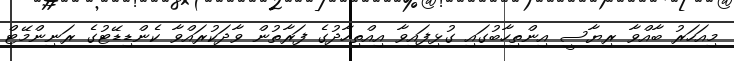
މިއަހަރު ބާއްވާ ރިޔާސީ އިންތިހާބުގައި ގުޅިފައިވާ އިއްތިހާދުގެ ފަރާތުން ވާދަކުރައްވާ ކެންޑިޑޭޓުގެ ރަނިންމޭޓް